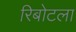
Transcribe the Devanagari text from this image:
रिबोटला